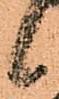
候